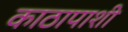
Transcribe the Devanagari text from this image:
काठापाशी